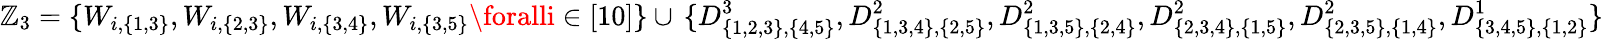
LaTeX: {\mathbb{Z}_{3}=\{ W_{i,\{ 1,3\} },W_{i,\{ 2,3\} },W_{i,\{ 3,4\} },W_{i,\{ 3,5\} }\foralli\in[10]\} }\cup\, {\{ D_{\{ 1,2,3\} ,\{ 4,5\} }^{3},D_{\{ 1,3,4\} ,\{ 2,5\} }^{2},D_{\{ 1,3,5\} ,\{ 2,4\} }^{2},D_{\{ 2,3,4\} ,\{ 1,5\} }^{2},D_{\{ 2,3,5\} ,\{ 1,4\} }^{2},D_{\{ 3,4,5\} ,\{ 1,2\} }^{1}\} }